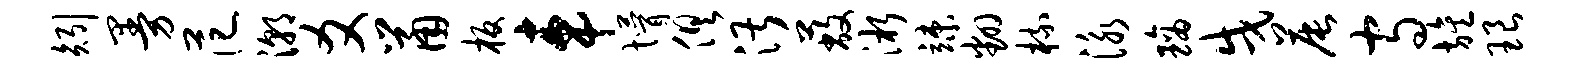
矧曼范潮爻鼠板车懵俱湛蔽淅竦翻梳泳璃戌晨守旌琅